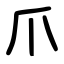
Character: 爪